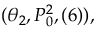
( \theta _ { 2 } , P _ { 0 } ^ { 2 } , ( 6 ) ) ,